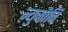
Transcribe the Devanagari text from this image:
न्युमोनि